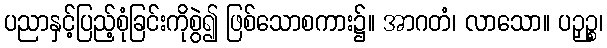
ပညာနှင့်ပြည့်စုံခြင်းကိုစွဲ၍ ဖြစ်သောစကား၌။ အာဂတံ၊ လာသော။ ပဉှဉ္စ၊